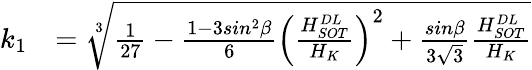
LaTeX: \begin{array}{ll}{k_{1}}&{=\sqrt[3]{\frac{1}{27}-\frac{1-3sin^{2}\beta}{6}{\left(\frac{H_{SOT}^{DL}}{H_{K}}\right)}^{2}+\frac{sin\beta}{3\sqrt{3}}\frac{H_{SOT}^{DL}}{H_{K}}}}\end{array}